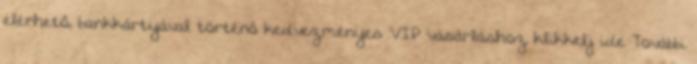
elérhető, bankkártyával történő kedvezményes VIP vásárláshoz klikkelj ide További